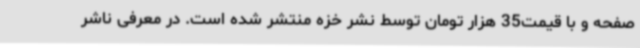
صفحه و با قیمت35 هزار تومان توسط نشر خزه منتشر شده است. در معرفی ناشر